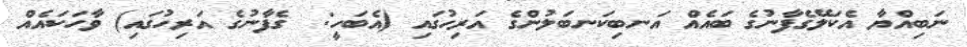
ނަބިއްޔާ އެކަލޭގެފާނުގެ ބައެއް އަނބިކަނބަލުންގެ އަރިހުގައި (އެބަހީ:  ގެފާނުގެ އަރިހުގައި) ވާހަކައެއް